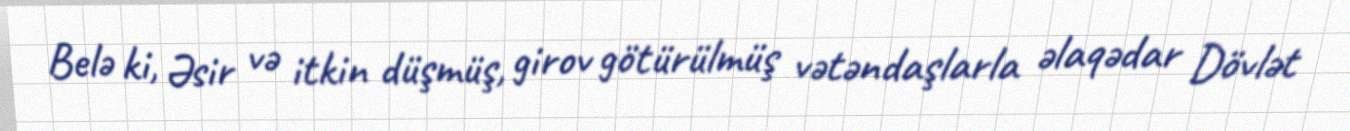
Belə ki, Əsir və itkin düşmüş, girov götürülmüş vətəndaşlarla əlaqədar Dövlət